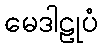
မေဒါဠုပံ